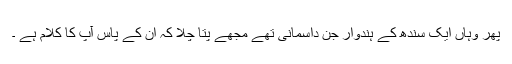
پھر وہاں ایک سندھ کے ہندوار جن داسمانی تھے مجھے پتا چلا کہ ان کے پاس آپ کا کلام ہے ۔